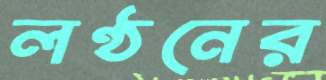
লণ্ঠনের